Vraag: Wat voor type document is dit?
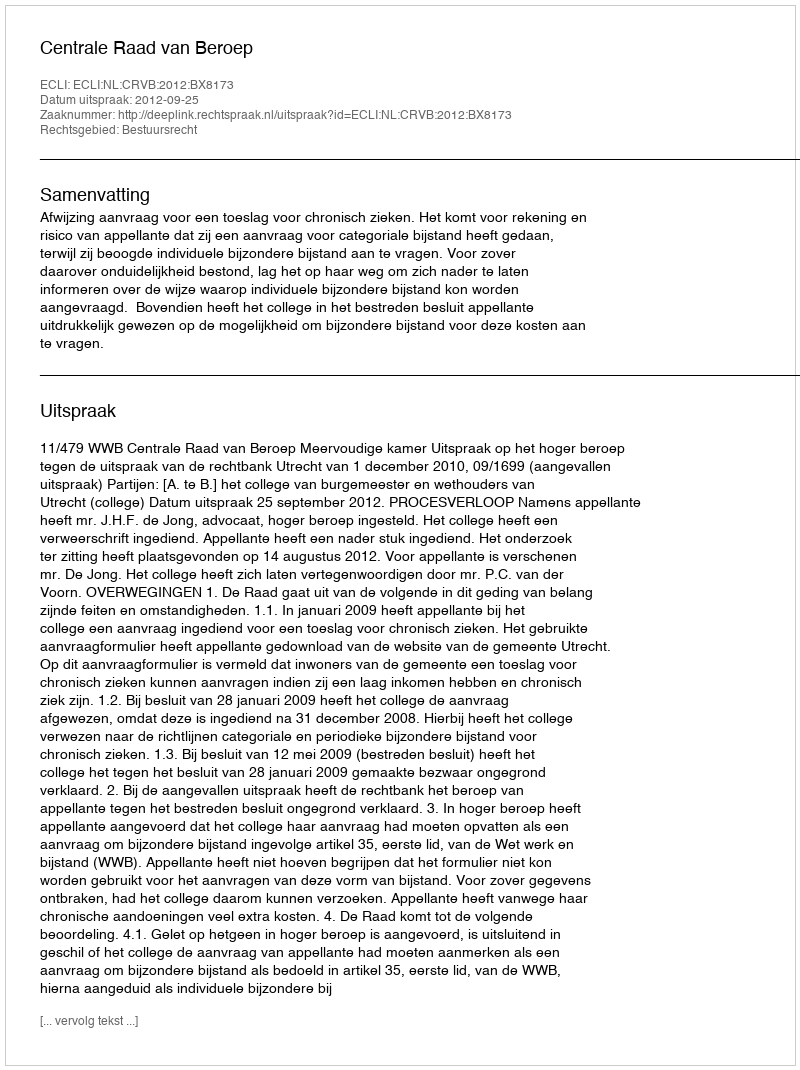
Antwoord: Uitspraak